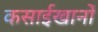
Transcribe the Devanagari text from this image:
कसाईखानों